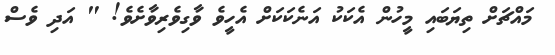
މައްޗަށް ތިޔަބައި މީހުން އެކަކު އަނެކަކަށް އެހީވެ ވާގިވެރިވާށެވެ! " އަދި ވެސް